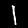
Label: 1